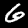
Digit: 6